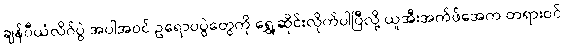
ချန်ပီယံလိဂ်ပွဲ အပါအဝင် ဥရောပပွဲတွေကို ရွှေ့ဆိုင်းလိုက်ပါပြီလို့ ယူအီးအက်ဖ်အေက တရားဝင်